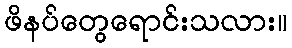
ဖိနပ်တွေရောင်းသလား။